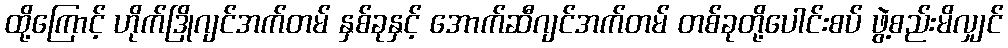
ထို့ကြောင့် ဟိုက်ဒြိုဂျင်အက်တမ် နှစ်ခုနှင့် အောက်ဆီဂျင်အက်တမ် တစ်ခုတို့ပေါင်းစပ် ဖွဲ့စည်းမိလျှင်